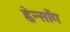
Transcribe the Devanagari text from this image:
ह्वेन्साँग